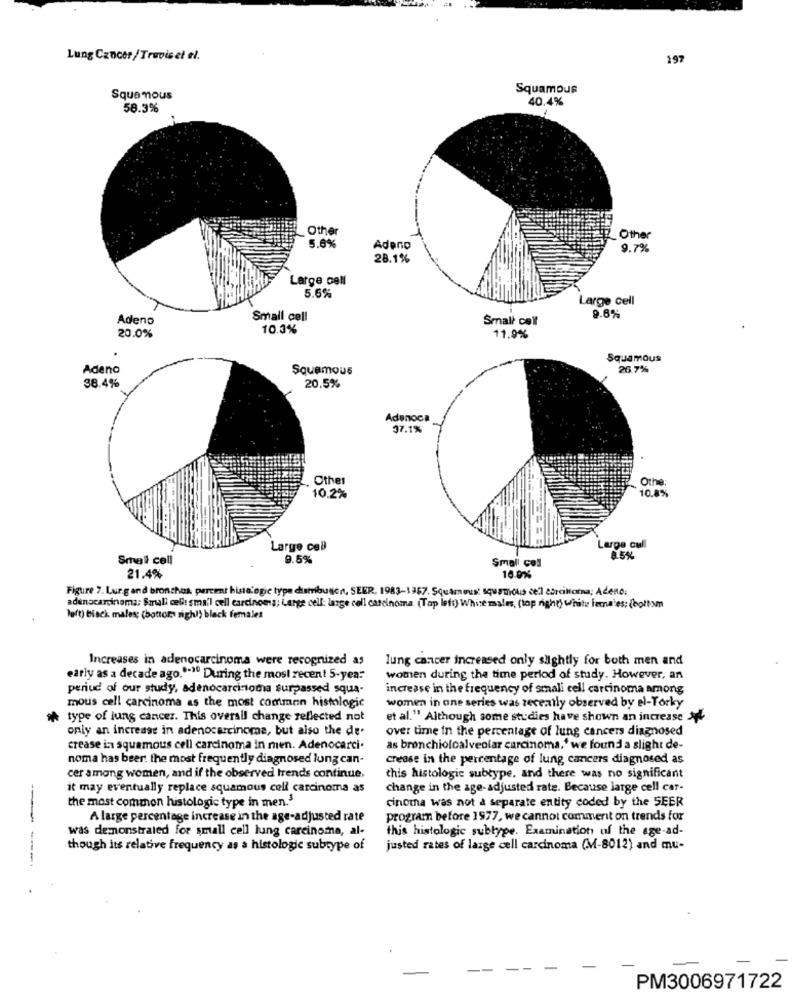
Lung Cancer/Travis et el.
197
Squamous
Squamous
40.4%
58.3%
Other
5.6%
Other
Adeno
9.7%
28.1%
Large Dell
5.6%
Large cell
Adeno
Small cell
Small cell
9.8%
10.3%
20.0%
11.9%
Squamous
Adeno
Squamous
26.7%
38.4%
20.5%
Adenoca
37.1%
Other
Othe:
10.8%
10.2%
Large cell
Large cull
Small cell
9.5%
8.5%
Small col
21.4%
10.0%
Figure 7. Lurg and bronchos percent hunologie type dembusen, SEER, 1983-1367. Squamous squamous cell carcinoma; Adeno.
adenocarcinoma: Small cell: small cell carcinoma; Large cell: lange cell carcinoma. (Top left) White males, (top right) white females; (bottom
luft) biack males; (battons night) black females
Increases in adenocarcinoma were recognized as
lung cancer increased only slightly for both men and
early as a decade ago."""" During the most recent 5-year"
women during the time period of study. However, an
periud of our study, adenocarcinoma surpassed squa-
increase in the frequency of small cell carcinoma among
mous cell carcinoma as the most common histologic
women in one series was recently observed by el-Torky
type of lung cancer. This overall change reflected not
et al." Although some studies have shown an increase
only an increase in adenocarcinoma, but also the de.
over time in the percentage of lung cancers diagnosed
crease in squamous cell carcinoma in men. Adenocarci.
as bronchioloalveolar carcinoma,' we found a slight de-
noma has beer: the most frequently diagnosed lung can-
crease in the percentage of lung cancers diagnosed as
cer among women, and if the observed trends continue,
this histologic subtype, and there was no significant
it may eventually replace squamous cell carcinoma as
change in the age-adjusted rate. Because large cell car-
cinoma was not a separate entity coded by the SEER
the most common histologic type in men.'
A large percentage increase in the age-adjusted rate
program before 1977, we cannot comment on trends for
was demonstrated for small cell lung carcinoma, al-
this histologic subtype. Examination of the age-ad-
though its relative frequency as a histologic subtype of
justed rates of large cell carcinoma (M-8012) and mu-
PM3006971722